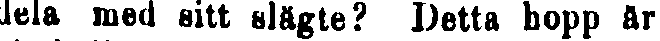
dela med sitt slägte? Detta hopp är